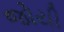
જોયી